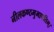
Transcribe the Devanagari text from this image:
नीलकण्ठमुमापतिम्।